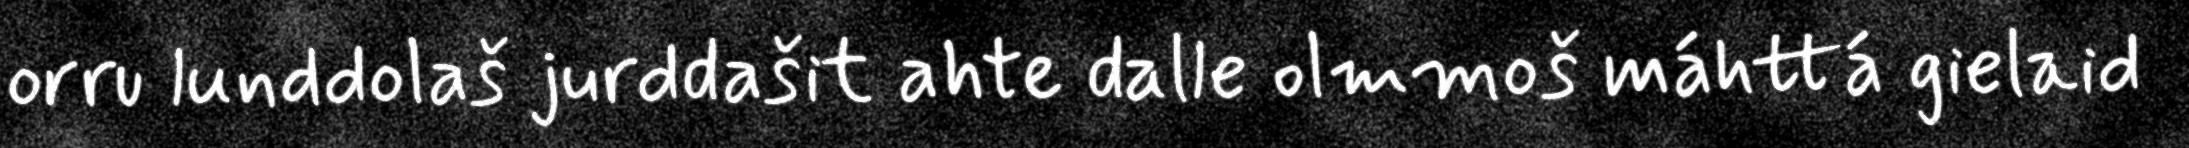
orru lunddolaš jurddašit ahte dalle olmmoš máhttá gielaid